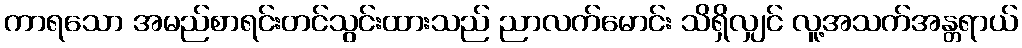
ကာရသော အမည်စာရင်းတင်သွင်းထားသည် ညာလက်မောင်း သိရှိလျှင် လူ့အသက်အန္တရာယ်